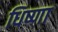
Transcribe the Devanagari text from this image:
धिष्णा